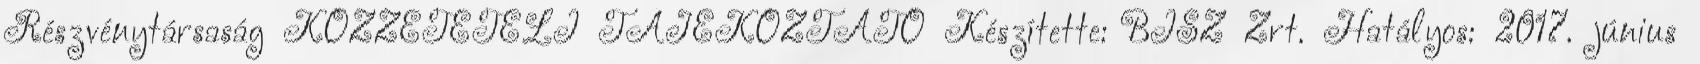
Részvénytársaság KÖZZÉTÉTELI TÁJÉKOZTATÓ Készítette: BISZ Zrt. Hatályos: 2017. június